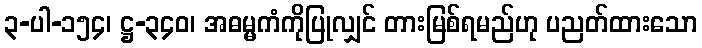
၃-ပါ-၁၅၄၊ ဋ္ဌ-၃၄၀၊ အဓမ္မကံကိုပြုလျှင် တားမြစ်ရမည်ဟု ပညတ်ထားသော